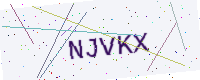
Text: NJVKX